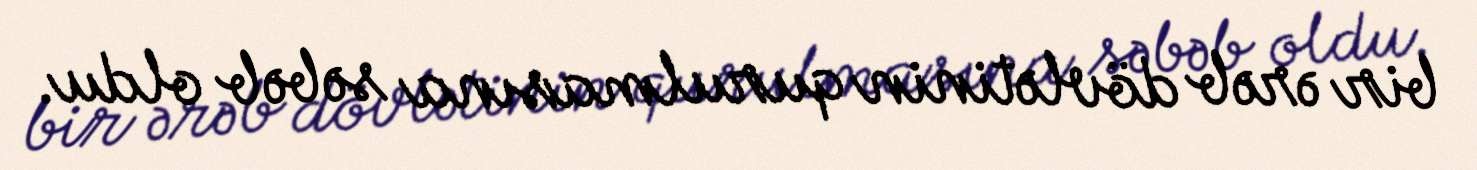
bir ərəb dövlətinin qurulmasına səbəb oldu.